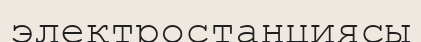
электростанциясы